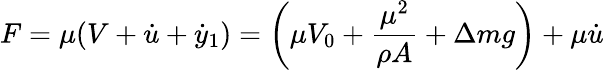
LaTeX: F=\mu(V+\dot{u}+\dot{y}_{1})=\left(\mu V_{0}+\frac{\mu^{2}}{\rho A}+\Delta mg\right)+\mu\dot{u}